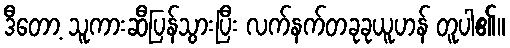
ဒီတော့ သူကားဆီပြန်သွားပြီး လက်နက်တခုခုယူဟန် တူပါ၏။